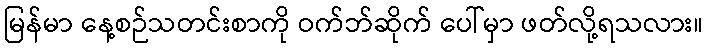
မြန်မာ နေ့စဉ်သတင်းစာကို ဝက်ဘ်ဆိုက် ပေါ်မှာ ဖတ်လို့ရသလား။